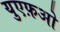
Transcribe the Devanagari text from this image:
युएफ़ओ